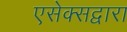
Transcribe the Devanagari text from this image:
एसेक्सद्वारा